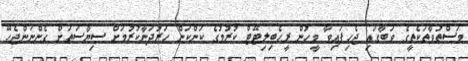
މަސްތުވާތަކެތީގެ ވަބާގައި ޖެހިފައިވާ މީހުން ރީހެބިލިޓޭޓް ކުރުމުގެ ކަންކަން ހަރުދަނާކުރުމަށް ސިޔާސަތަށް ގެންނަންޖެހޭ